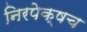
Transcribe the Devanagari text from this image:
निरपेक्षच